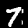
Digit: 7